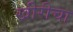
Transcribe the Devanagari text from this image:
खीरीचा